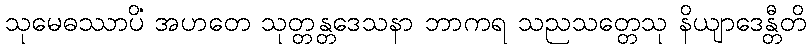
သုမေဓဿာပိ အဟတေ သုတ္တန္တဒေသနာ ဘာကရံ သညသတ္တေသု နိယျာဒေန္တီတိ